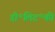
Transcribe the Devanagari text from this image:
डी॰लिट॰की